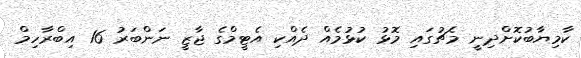
ކާމިޔާބުކޮށްދިނީ މެޗުގައި މޮޅު ކުޅުމެއް ދެއްކި އެޓީމްގެ ޖާޒީ ނަންބަރު 16 އިބްރާހިމް